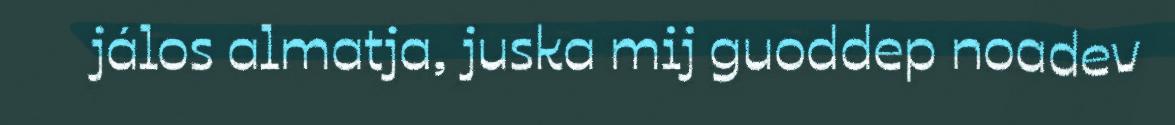
jálos almatja, juska mij guoddep noadev